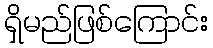
ရှိမည်ဖြစ်ကြောင်း